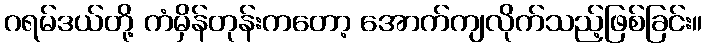
ဂရမ်ဒယ်တို့ ကံမှိန်တုန်းကတော့ အောက်ကျလိုက်သည့်ဖြစ်ခြင်း။